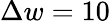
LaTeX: \Delta w=10